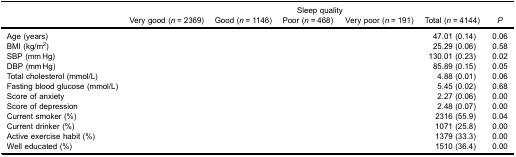
<table><thead><tr><td rowspan="2">[EMPTY_CELL]</td><td colspan="6"><b>Sleep quality</b></td></tr><tr><td><b>Very good (<i>n</i> = 2369)</b></td><td><b>Good (<i>n</i> = 1146)</b></td><td><b>Poor (<i>n</i> = 468)</b></td><td><b>Very poor (<i>n</i> = 191)</b></td><td><b>Total (<i>n</i> = 4144)</b></td><td><b><i>P</i></b></td></tr></thead><tbody><tr><td>Age (years)</td><td>[EMPTY_CELL]</td><td>[EMPTY_CELL]</td><td>[EMPTY_CELL]</td><td>[EMPTY_CELL]</td><td>47.01 (0.14)</td><td>0.06</td></tr><tr><td>BMI (kg/m<sup>2</sup>)</td><td>[EMPTY_CELL]</td><td>[EMPTY_CELL]</td><td>[EMPTY_CELL]</td><td>[EMPTY_CELL]</td><td>25.29 (0.06)</td><td>0.58</td></tr><tr><td>SBP (mm Hg)</td><td>[EMPTY_CELL]</td><td>[EMPTY_CELL]</td><td>[EMPTY_CELL]</td><td>[EMPTY_CELL]</td><td>130.01 (0.23)</td><td>0.02</td></tr><tr><td>DBP (mm Hg)</td><td>[EMPTY_CELL]</td><td>[EMPTY_CELL]</td><td>[EMPTY_CELL]</td><td>[EMPTY_CELL]</td><td>85.89 (0.15)</td><td>0.05</td></tr><tr><td>Total cholesterol (mmol/L)</td><td>[EMPTY_CELL]</td><td>[EMPTY_CELL]</td><td>[EMPTY_CELL]</td><td>[EMPTY_CELL]</td><td>4.88 (0.01)</td><td>0.06</td></tr><tr><td>Fasting blood glucose (mmol/L)</td><td>[EMPTY_CELL]</td><td>[EMPTY_CELL]</td><td>[EMPTY_CELL]</td><td>[EMPTY_CELL]</td><td>5.45 (0.02)</td><td>0.68</td></tr><tr><td>Score of anxiety</td><td>[EMPTY_CELL]</td><td>[EMPTY_CELL]</td><td>[EMPTY_CELL]</td><td>[EMPTY_CELL]</td><td>2.27 (0.06)</td><td>0.00</td></tr><tr><td>Score of depression</td><td>[EMPTY_CELL]</td><td>[EMPTY_CELL]</td><td>[EMPTY_CELL]</td><td>[EMPTY_CELL]</td><td>2.48 (0.07)</td><td>0.00</td></tr><tr><td>Current smoker (%)</td><td>[EMPTY_CELL]</td><td>[EMPTY_CELL]</td><td>[EMPTY_CELL]</td><td>[EMPTY_CELL]</td><td>2316 (55.9)</td><td>0.04</td></tr><tr><td>Current drinker (%)</td><td>[EMPTY_CELL]</td><td>[EMPTY_CELL]</td><td>[EMPTY_CELL]</td><td>[EMPTY_CELL]</td><td>1071 (25.8)</td><td>0.00</td></tr><tr><td>Active exercise habit (%)</td><td>[EMPTY_CELL]</td><td>[EMPTY_CELL]</td><td>[EMPTY_CELL]</td><td>[EMPTY_CELL]</td><td>1379 (33.3)</td><td>0.00</td></tr><tr><td>Well educated (%)</td><td>[EMPTY_CELL]</td><td>[EMPTY_CELL]</td><td>[EMPTY_CELL]</td><td>[EMPTY_CELL]</td><td>1510 (36.4)</td><td>0.00</td></tr></tbody></table>